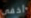
أخفى